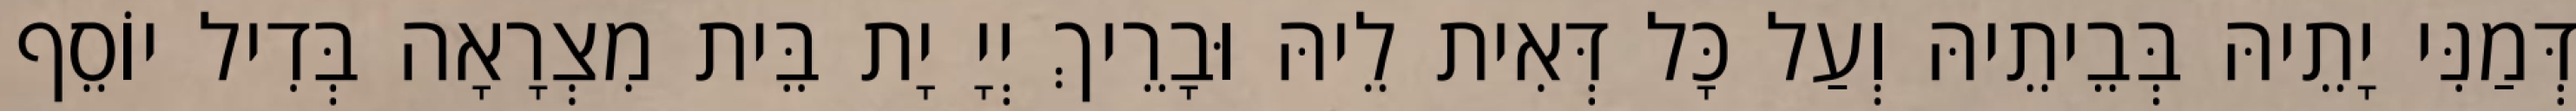
דְּמַנִּי יָתֵיהּ בְּבֵיתֵיהּ וְעַל כָּל דְּאִית לֵיהּ וּבָרֵיךְ יְיָ יָת בֵּית מִצְרָאָה בְּדִיל יוֹסֵף